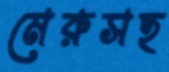
মেরুসহ